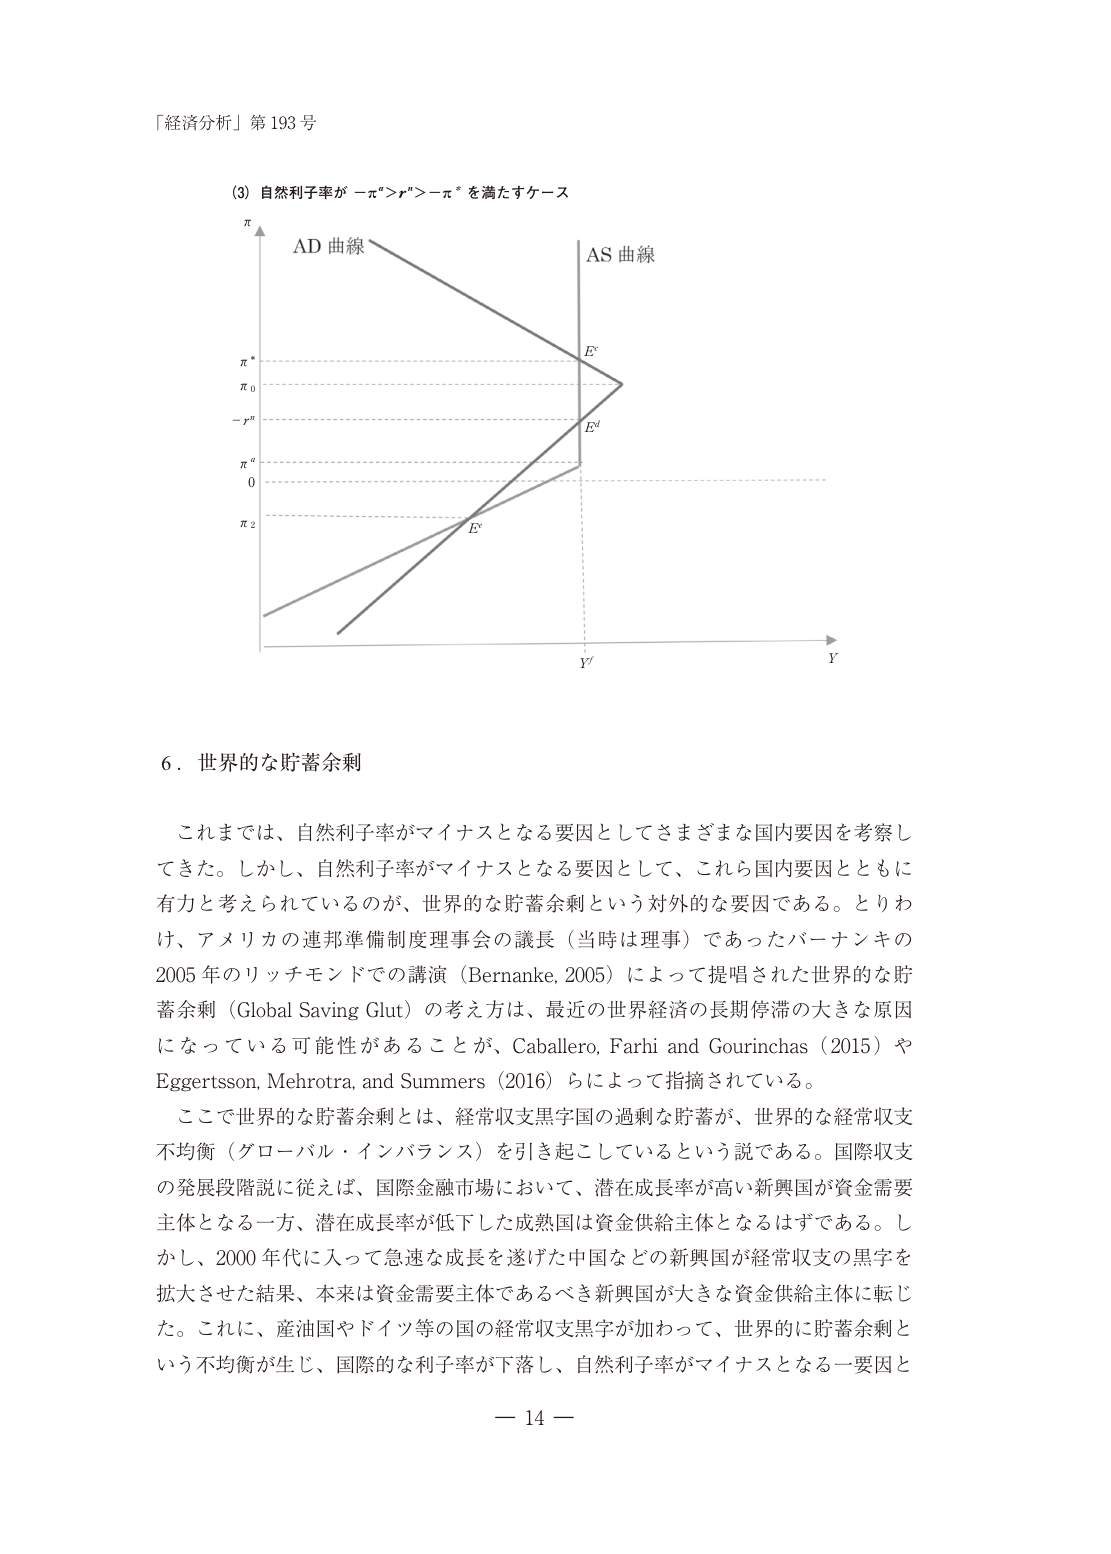
「経済分析」第193号

(3) 自然利子率が −π* > r* > −π* を満たすケース

π
AD 曲線
AS 曲線
π*
π0
−r*
π''
0
π2
E*
E'
E''
Y'
Y

6．世界的な貯蓄余剰

これまでは、自然利子率がマイナスとなる要因としてさまざまな国内要因を考察してきた。しかし、自然利子率がマイナスとなる要因として、これら国内要因とともに有力と考えられているのが、世界的な貯蓄余剰という対外的な要因である。とりわけ、アメリカの連邦準備制度理事会の議長（当時は理事）であったバーナンキの2005年のリッチモンドでの講演（Bernanke, 2005）によって提唱された世界的な貯蓄余剰（Global Saving Glut）の考え方は、最近の世界経済の長期停滞の大きな原因になっている可能性があることが、Caballero, Farhi and Gourinchas（2015）やEggertsson, Mehrotra, and Summers（2016）らによって指摘されている。

ここで世界的な貯蓄余剰とは、経常収支黒字国の過剰な貯蓄が、世界的な経常収支不均衡（グローバル・インバランス）を引き起こしているという説である。国際収支の発展段階説に従えば、国際金融市場において、潜在成長率が高い新興国が資金需要主体となる一方、潜在成長率が低下した成熟国は資金供給主体となるはずである。しかし、2000年代に入って急速な成長を遂げた中国などの新興国が経常収支の黒字を拡大させた結果、本来は資金需要主体であるべき新興国が大きな資金供給主体に転じた。これに、産油国やドイツ等の国の経常収支黒字が加わって、世界的に貯蓄余剰という不均衡が生じ、国際的な利子率が下落し、自然利子率がマイナスとなる一要因と

— 14 —